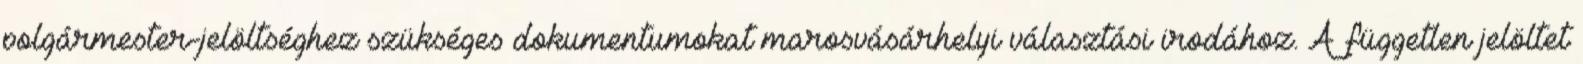
polgármester-jelöltséghez szükséges dokumentumokat marosvásárhelyi választási irodához. A független jelöltet